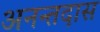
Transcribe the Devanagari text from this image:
अनन्तदास